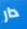
دار